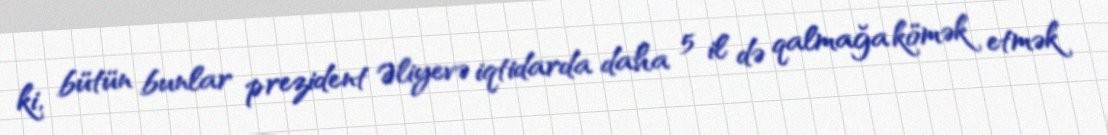
ki, bütün bunlar prezident Əliyevə iqtidarda daha 5 il də qalmağa kömək etmək